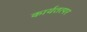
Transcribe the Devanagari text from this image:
कार्यतत्‍पर